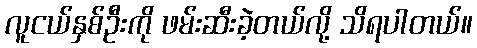
လူငယ်နှစ်ဦးကို ဖမ်းဆီးခဲ့တယ်လို့ သိရပါတယ်။